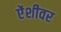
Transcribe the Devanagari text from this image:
ऐंशीवर